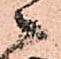
々